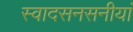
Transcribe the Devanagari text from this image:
स्वादसनसनीयां